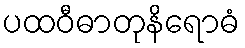
ပထဝီဓာတုနိရောဓံ